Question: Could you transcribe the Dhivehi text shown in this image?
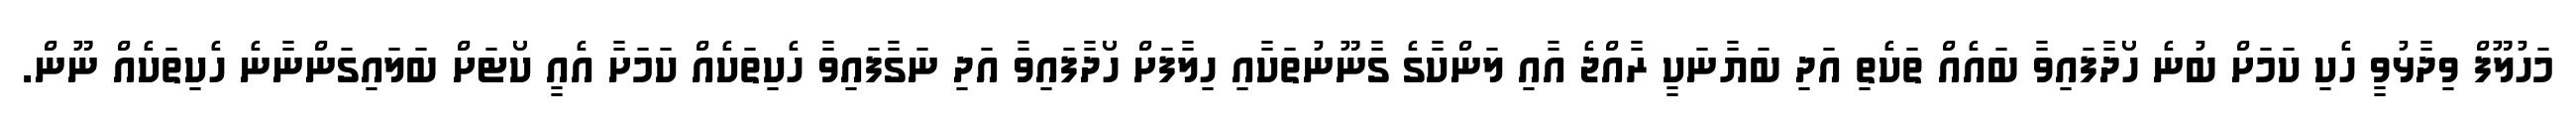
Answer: މަހުލޫފް ވިދާޅުވީ ހެކި ކަމަށް ބުނެ ހޯދާފައިވާ ބައެއް ތަކެތި އަދި ބަޔާނަކީ ރާއްޖެ އާއި ލަންކާގެ ގާނޫނުތަކާއި ހިލާފަށް ހޯދާފައިވާ އަދި ނަގާފައިވާ ހެކިތަކެއް ކަމަށާ އެއީ ކޯޓަށް ބަލައިގަންނާނެ ހެކިތަކެއް ނޫން.